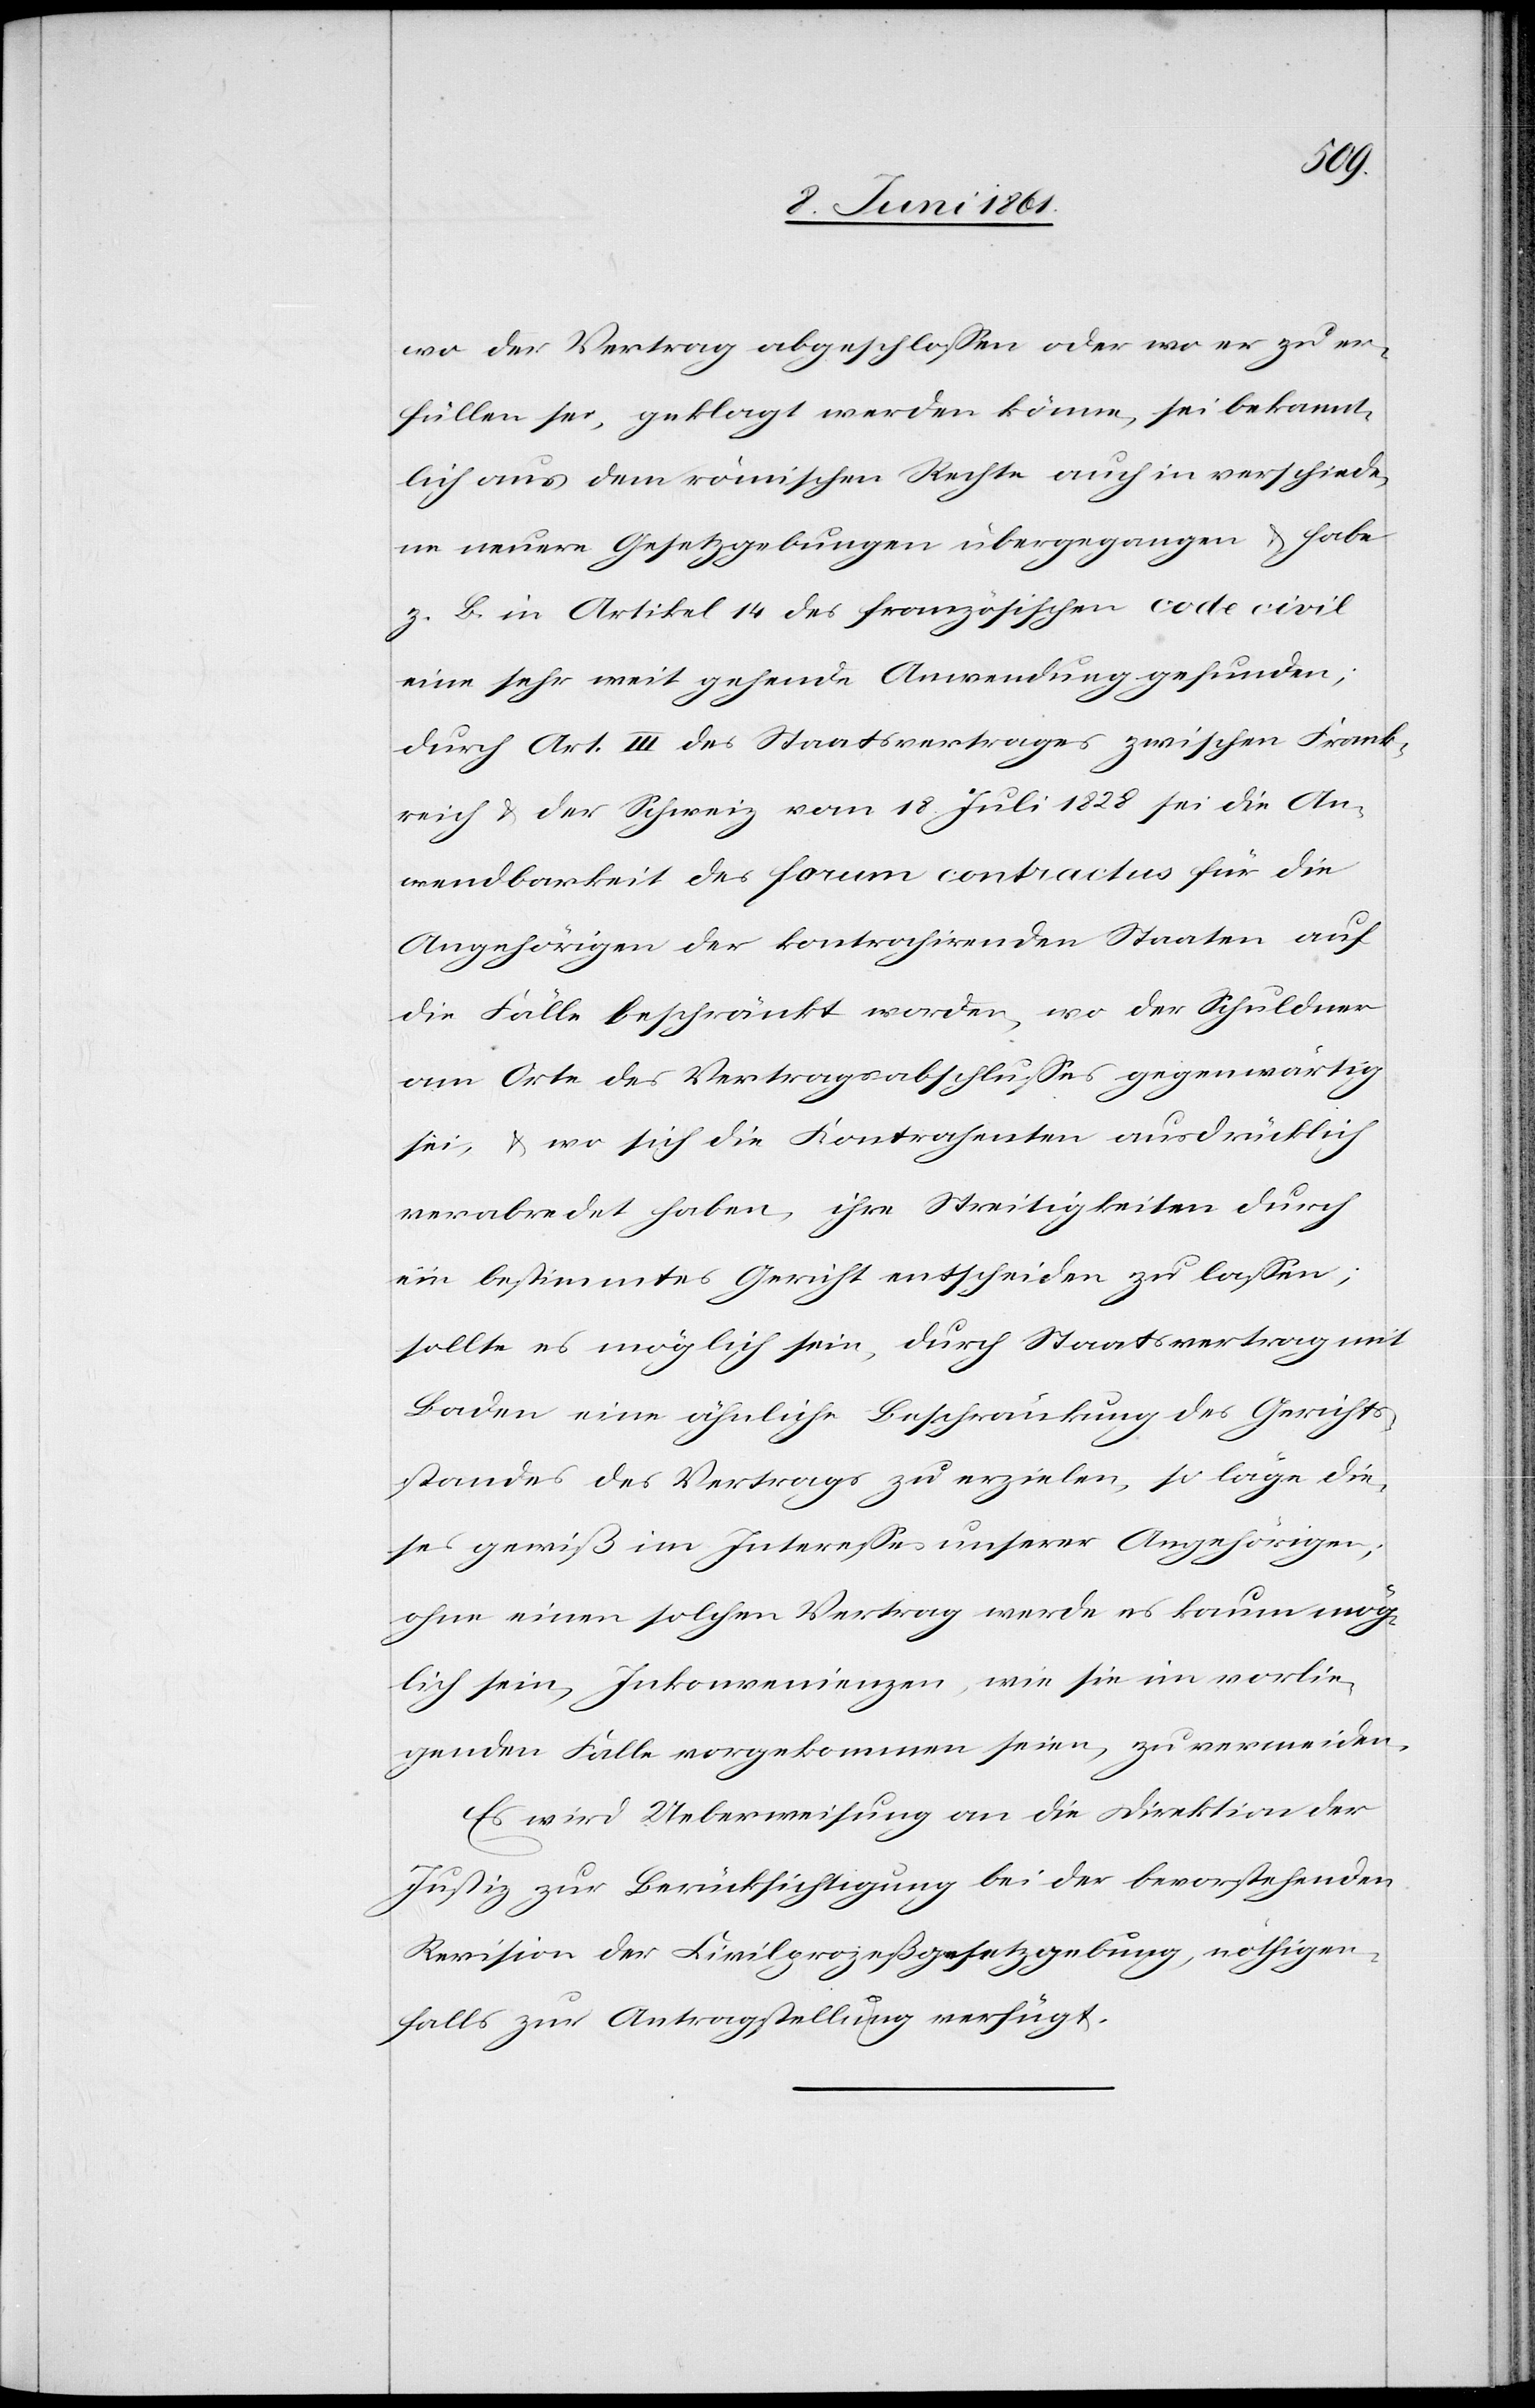
wo der Vertrag abgeschlossen oder wo er zu er¬
füllen sei, geklagt werden könne, sei bekannt¬
lich aus dem römischen Rechte auch in verschiede¬
ne neuere Gesetzgebungen übergangen u. habe
z. B. in Artikel 14 des französischen code civil
eine sehr weit gehende Anwendung gefunden;
durch Art. III des Staatsvertrages zwischen Frank¬
reich u. der Schweiz vom 18. Juli 1828 sei die An¬
wendbarkeit des forum contractus für die
Angehörigen der kontrahirenden Staaten auf
die Fälle beschränkt worden, wo der Schuldner
am Orte des Vertragabschlusses gegenwärtig
sei, u. wo sich die Kontrahenten ausdrücklich
verabredet haben, ihre Streitigkeiten durch
ein bestimmtes Gericht entscheiden zu lassen,
sollte es möglich sein, durch Staatsvertrag mit
Baden eine ähnliche Beschränkung des Gerichts¬
standes des Vertrages zu erzielen, so läge die¬
ses gewiß im Interesses unserer Angehörigen,
ohne einen solchen Vertrag werde es kaum mög¬
lich ein, Inkonvenienzen, wie sie im vorlie¬
genden Falle vorgekommen seien, zu vermeiden.
Es wird Ueberweisung an die Direktion der
Justiz zur Berücksichtigung bei der bevorstehenden
Revision der Civilprozeßgesetzgebung, nöthigen¬
falls zur Antragstellung verfügt.